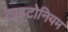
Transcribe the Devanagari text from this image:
टाइटोनियम